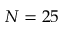
N = 2 5